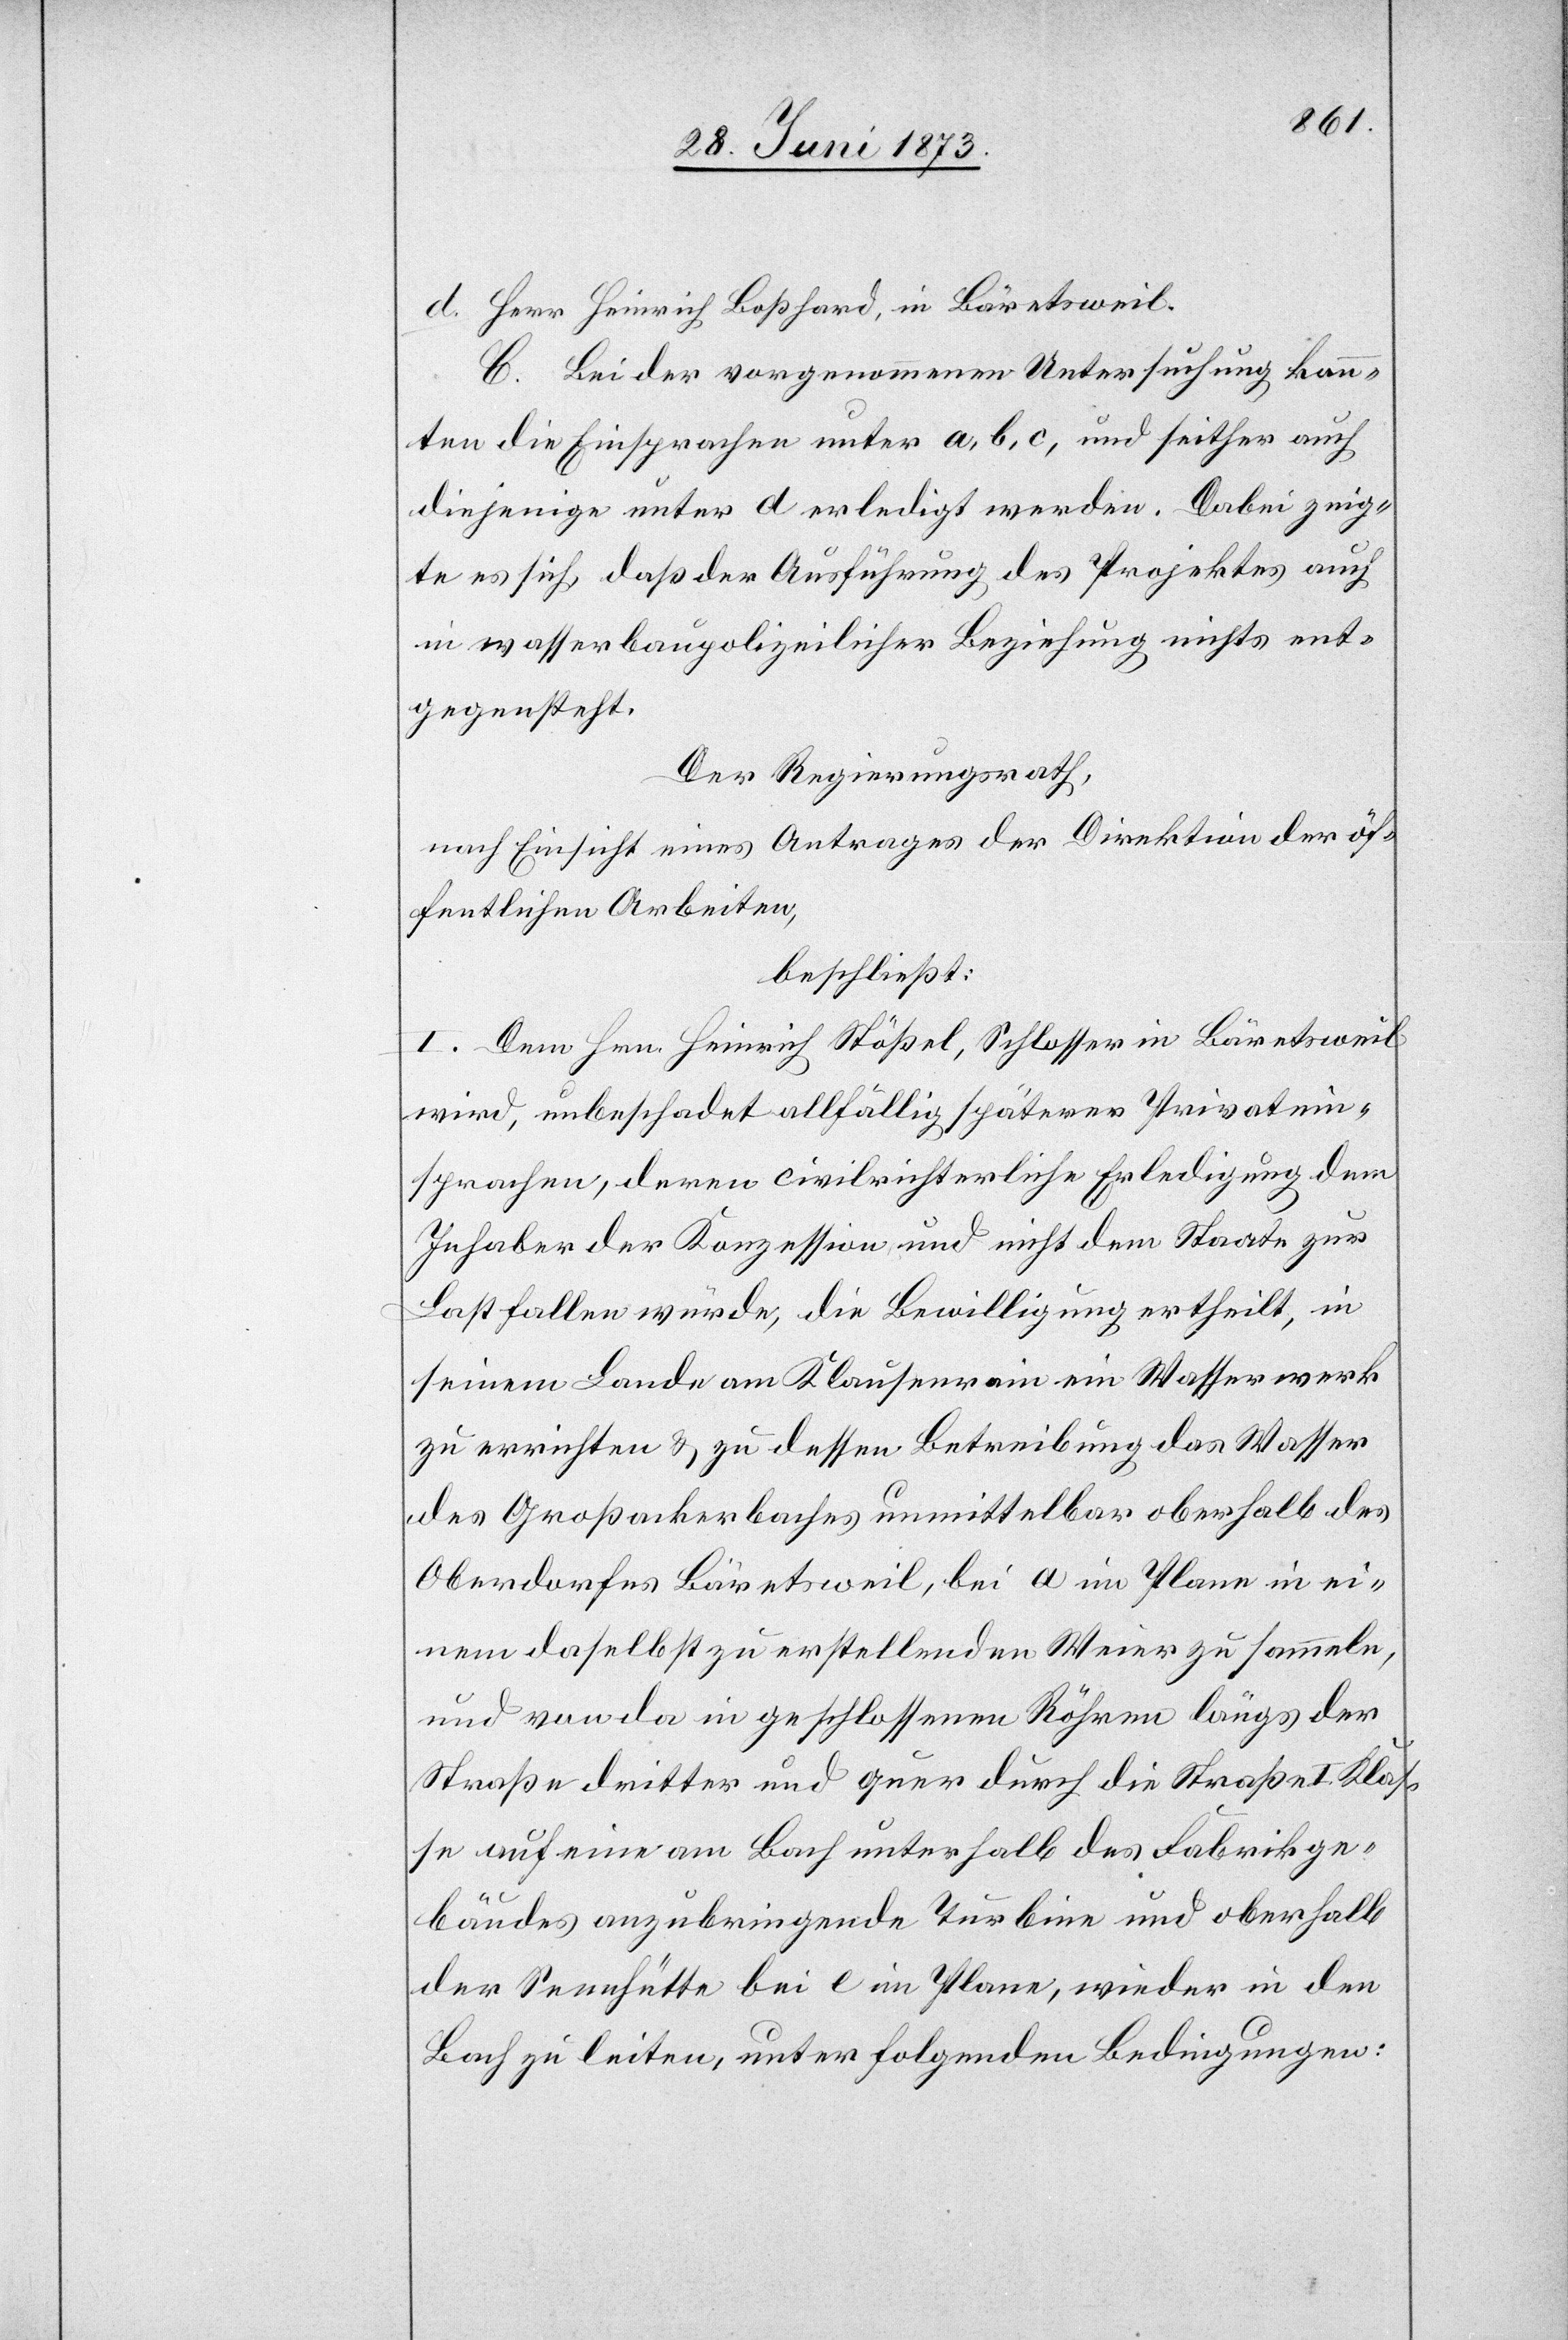
C. Bei der vorgenommenen Untersuchung konn¬
ten die Einsprachen unter a, b, c, und seither auch
diejenige unter d erledigt werden. Dabei zeig¬
te es sich, daß der Ausführung des Projektes auch
in wasserbaupolizeilicher Beziehung nichts ent¬
gegensteht.
Der Regierungsrath,
nach Einsicht eines Antrages der Direktion der öf¬
fentlichen Arbeiten,
beschließt:
I. Dem Hrn. Heinrich Stößel, Schlosser in Bäretsweil
wird, unbeschadet allfällig späterer Privatein¬
sprachen, deren civilrichterliche Erledigung dem
Inhaber der Konzession und nicht dem Staate zur
Last fallen würde, die Bewilligung ertheilt, in
seinem Lande am Klausenrain ein Wasserwerk
zu errichten & zu dessen Betreibung das Wasser
des Großackerbaches unmittelbar oberhalb des
Oberdorfes Bäretsweil, bei a im Plane in ei¬
nem daselbst zu erstellenden Weier zu sammeln,
und von da in geschlossenen Röhren längs der
Straße dritter und quer durch die Straße I. Klas¬
se auf eine am Bach unterhalb des Fabrikge¬
bäudes anzubringende Turbine und oberhalb
der Sennhütte bei e im Plane, wieder in den
Bach zu leiten, unter folgenden Bedingungen: